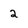
Character: 2